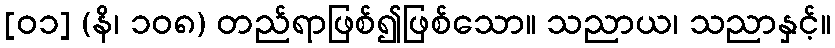
[၀၁] (နိ၊ ၁၀၈) တည်ရာဖြစ်၍ဖြစ်သော။ သညာယ၊ သညာနှင့်။